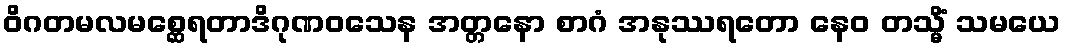
ဝိဂတမလမစ္ဆေရတာဒိဂုဏဝသေန အတ္တနော စာဂံ အနုဿရတော နေဝ တသ္မိံ သမယေ